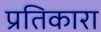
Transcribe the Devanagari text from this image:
प्रतिकारा